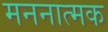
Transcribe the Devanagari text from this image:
मननात्मक